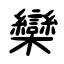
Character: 欒